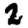
Digit: 2